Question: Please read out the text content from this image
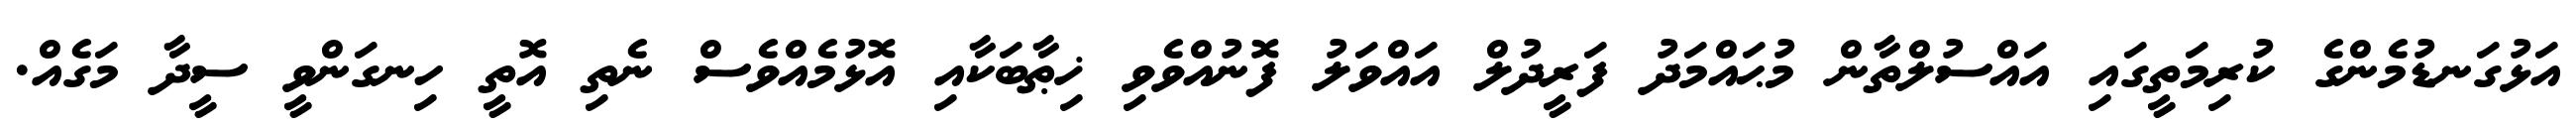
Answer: އަޅުގަނޑުމެންގެ ކުރިމަތީގައި އައްސުލްތާން މުޙައްމަދު ފަރީދުލް އައްވަލު ފޮނުއްވެވި ޚިޠާބަކާއި އޮޅުމެއްވެސް ނެތި އޮތީ ހިނގަންވީ ސީދާ މަގެއް.